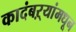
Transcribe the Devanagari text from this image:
कादंबऱ्यांमधून